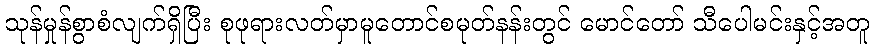
သုန်မှုန်စွာစံလျက်ရှိပြီး စုဖုရားလတ်မှာမူတောင်စမုတ်နန်းတွင် မောင်တော် သီပေါမင်းနှင့်အတူ